Report of an investigation of the epidemic of malarial fever in Assam, or, kala-azar
Disease focus: Malaria
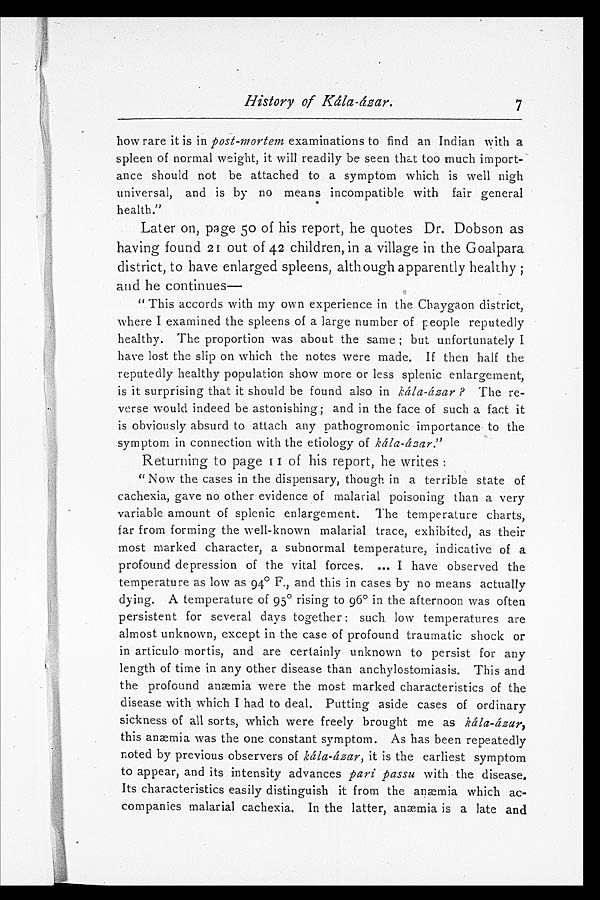
History of Kála-ázar.
how rare it is in post-mortem examinations to find an Indian with a
spleen of normal weight, it will readily be seen that too much import-
ance should not be attached to a symptom which is well nigh
universal, and is by no means incompatible with fair general
health."
Later on, page 50 of his report, he quotes Dr. Dobson as
having found 21 out of 42 children, in a village in the Goalpara
district, to have enlarged spleens, although apparently healthy ;
and he continues
"This accords with my own experience in the Chaygaon district,
where I examined the spleens of a large number of people reputedly
healthy. The proportion was about the same ; but unfortunately I
have lost the slip on which the notes were made. If then half the
reputedly healthy population show more or less splenic enlargement,
is it surprising that it should be found also in kála-ázar ? The re-
verse would indeed be astonishing; and in the face of such a fact it
is obviously absurd to attach any pathogromonic importance to the
symptom in connection with the etiology of kála-asar."
Returning to page 11of his report, he writes :
" Now the cases in the dispensary, though in a terrible state of
cachexia, gave no other evidence of malarial poisoning than a very
variable amount of splenic enlargement. The temperature charts,
far from forming the well-known malarial trace, exhibited, as their
most marked character, a subnormal temperature, indicative of a
profound depression of the vital forces. ... I have observed the
temperature as low as 94° F., and this in cases by no means actually
dying. A temperature of 95° rising to 96° in the afternoon was often
persistent for several days together : such low temperatures are
almost unknown, except in the case of profound traumatic shock or
in articulo mortis, and are certainly unknown to persist for any
length of time in any other disease than anchylostomiasis. This and
the profound anæmia were the most marked characteristics of the
disease with which I had to deal. Putting aside cases of ordinary
sickness of all sorts, which were freely brought me as kála-ázar,
this aæmia was the one constant symptom. As has been repeatedly
noted by previous observers of kála-ázar, it is the earliest symptom
to appear, and its intensity advances pari passu with the disease.
Its characteristics easily distinguish it from the anæmia which ac-
companies malarial cachexia. In the latter, anæmia is a late and
7